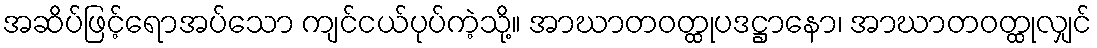
အဆိပ်ဖြင့်ရောအပ်သော ကျင်ငယ်ပုပ်ကဲ့သို့။ အာဃာတဝတ္ထုပဒဋ္ဌာနော၊ အာဃာတဝတ္ထုလျှင်